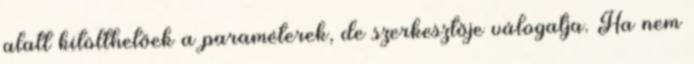
alatt kitölthetőek a paraméterek, de szerkesztője válogatja. Ha nem